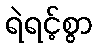
ရဲရင့်စွာ